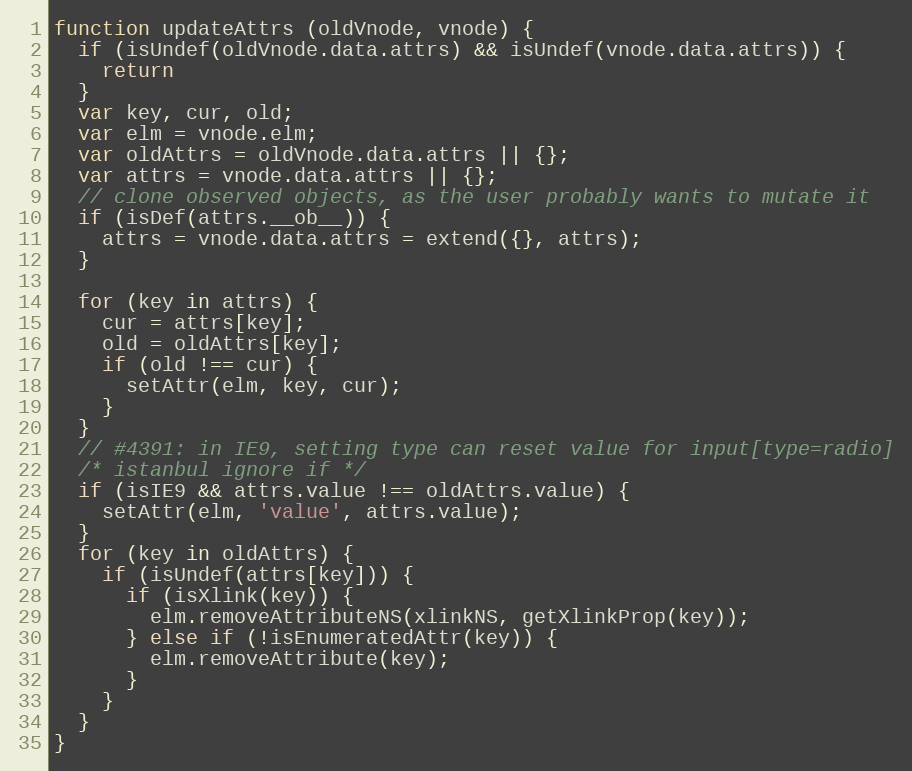
Language: JavaScript
function updateAttrs (oldVnode, vnode) {
  if (isUndef(oldVnode.data.attrs) && isUndef(vnode.data.attrs)) {
    return
  }
  var key, cur, old;
  var elm = vnode.elm;
  var oldAttrs = oldVnode.data.attrs || {};
  var attrs = vnode.data.attrs || {};
  // clone observed objects, as the user probably wants to mutate it
  if (isDef(attrs.__ob__)) {
    attrs = vnode.data.attrs = extend({}, attrs);
  }

  for (key in attrs) {
    cur = attrs[key];
    old = oldAttrs[key];
    if (old !== cur) {
      setAttr(elm, key, cur);
    }
  }
  // #4391: in IE9, setting type can reset value for input[type=radio]
  /* istanbul ignore if */
  if (isIE9 && attrs.value !== oldAttrs.value) {
    setAttr(elm, 'value', attrs.value);
  }
  for (key in oldAttrs) {
    if (isUndef(attrs[key])) {
      if (isXlink(key)) {
        elm.removeAttributeNS(xlinkNS, getXlinkProp(key));
      } else if (!isEnumeratedAttr(key)) {
        elm.removeAttribute(key);
      }
    }
  }
}